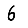
Digit: 6